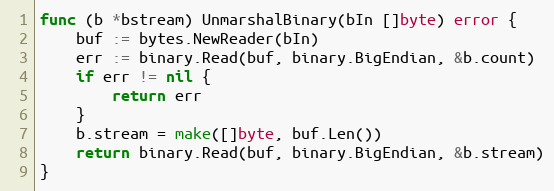
Language: Go
func (b *bstream) UnmarshalBinary(bIn []byte) error {
	buf := bytes.NewReader(bIn)
	err := binary.Read(buf, binary.BigEndian, &b.count)
	if err != nil {
		return err
	}
	b.stream = make([]byte, buf.Len())
	return binary.Read(buf, binary.BigEndian, &b.stream)
}